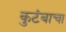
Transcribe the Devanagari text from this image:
कुटंबाचा